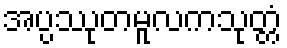
အပ္ပဿုတမူလကသုတ္တံ